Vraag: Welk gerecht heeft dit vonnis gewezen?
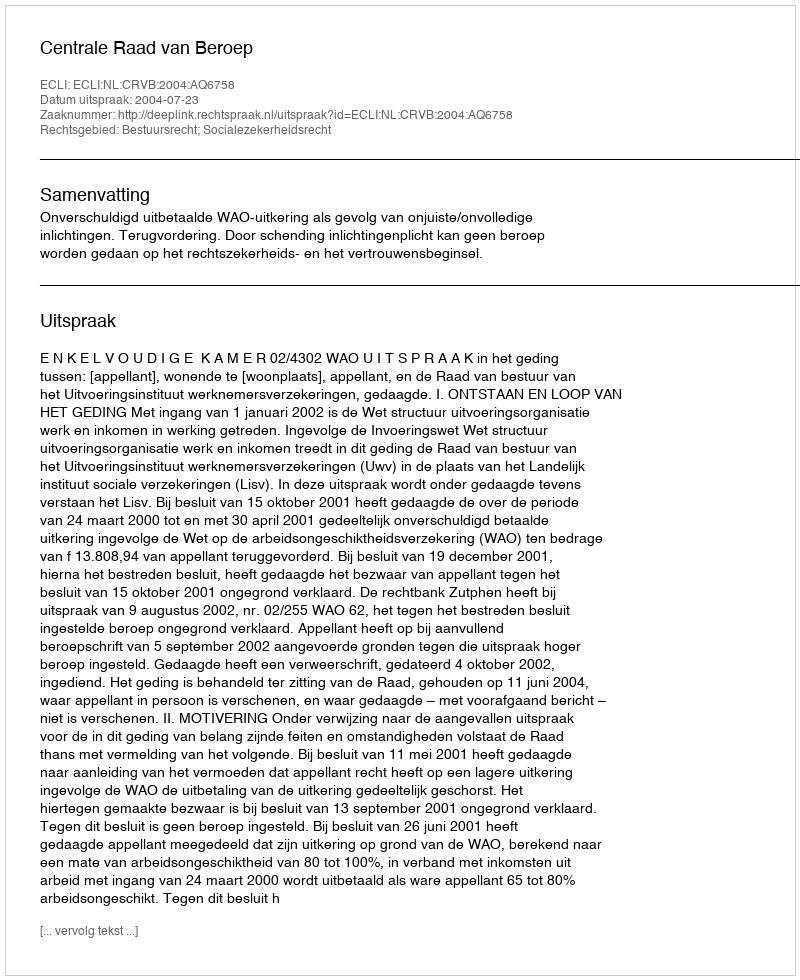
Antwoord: Centrale Raad van Beroep